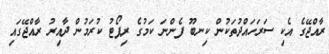
ރާއްޖޭގެ އެކި ސަރަހައްދުތަކުން ކިނބޫ ފެންނަ ކަމުގެ ރިޕޯޓު ކުރަމުން ދާއިރު ރާއްޖޭގައި